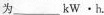
为___kW·h。